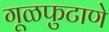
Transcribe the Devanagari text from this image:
गूळफुटाणे